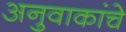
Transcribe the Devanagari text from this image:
अनुवाकांचे